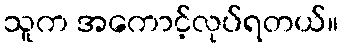
သူက အကောင့်လုပ်ရတယ်။